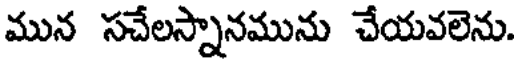
మున సచేలస్నానమును చేయవలెను.